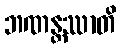
ဘဏန္တဿာတိ